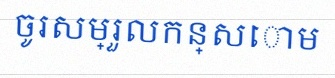
ចូរសម្រួលកន្សោម